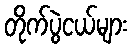
တိုက်ပွဲငယ်များ